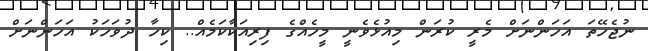
ނުޖެހޭތަ އަހަންނަށް މެރީ ކުރަން މިއުޅެވެނީ މީހެެއްގެ ފިރިއަކާކަމެއް.. ކިހާ ދުވަހަކު އަހަންނަށް